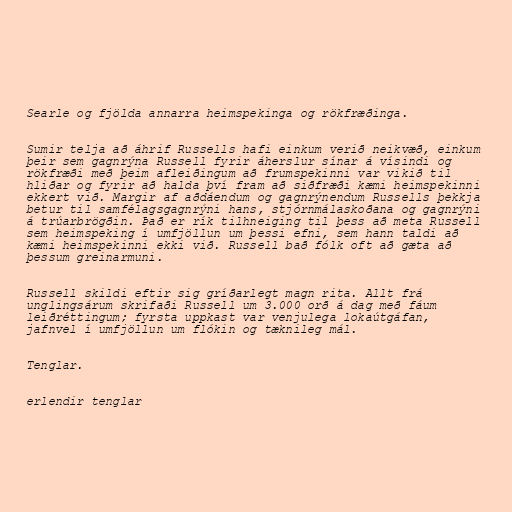
Searle og fjölda annarra heimspekinga og rökfræðinga.

Sumir telja að áhrif Russells hafi einkum verið neikvæð, einkum
þeir sem gagnrýna Russell fyrir áherslur sínar á vísindi og
rökfræði með þeim afleiðingum að frumspekinni var vikið til
hliðar og fyrir að halda því fram að siðfræði kæmi heimspekinni
ekkert við. Margir af aðdáendum og gagnrýnendum Russells þekkja
betur til samfélagsgagnrýni hans, stjórnmálaskoðana og gagnrýni
á trúarbrögðin. Það er rík tilhneiging til þess að meta Russell
sem heimspeking í umfjöllun um þessi efni, sem hann taldi að
kæmi heimspekinni ekki við. Russell bað fólk oft að gæta að
þessum greinarmuni.

Russell skildi eftir sig gríðarlegt magn rita. Allt frá
unglingsárum skrifaði Russell um 3.000 orð á dag með fáum
leiðréttingum; fyrsta uppkast var venjulega lokaútgáfan,
jafnvel í umfjöllun um flókin og tæknileg mál.

Tenglar.

erlendir tenglar